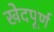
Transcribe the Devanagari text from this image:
खेदपूर्ण